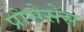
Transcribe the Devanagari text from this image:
प्रोसेसेस